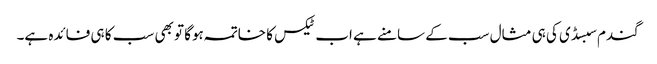
گندم سبسڈی کی ہی مثال سب کے سامنے ہے اب ٹیکس کا خاتمہ ہوگا تو بھی سب کا ہی فائدہ ہے۔